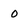
Character: 0